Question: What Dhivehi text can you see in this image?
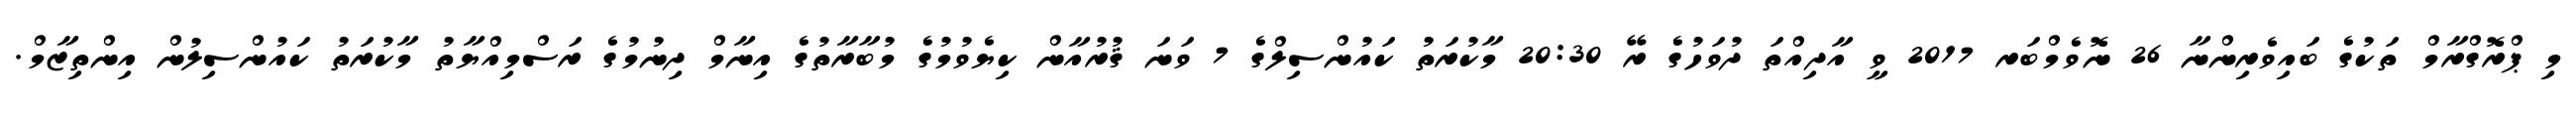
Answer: މި ޕްރޮގްރާމް ތަކުގެ ބައިވެރިންނާ 26 ނޮވެމްބަރ 2017 ވީ އާދިއްތަ ދުވަހުގެ ރޭ 20:30 މާކުރަތު ކައުންސިލްގެ 7 ވަނަ ޤުރުއާން ކިޔެވުމުގެ މުބާރާތުގެ އިނާމް ދިނުމުގެ ރަސްމިއްޔާތު މާކުރަތު ކައުންސިލުން އިންތިޒާމް.